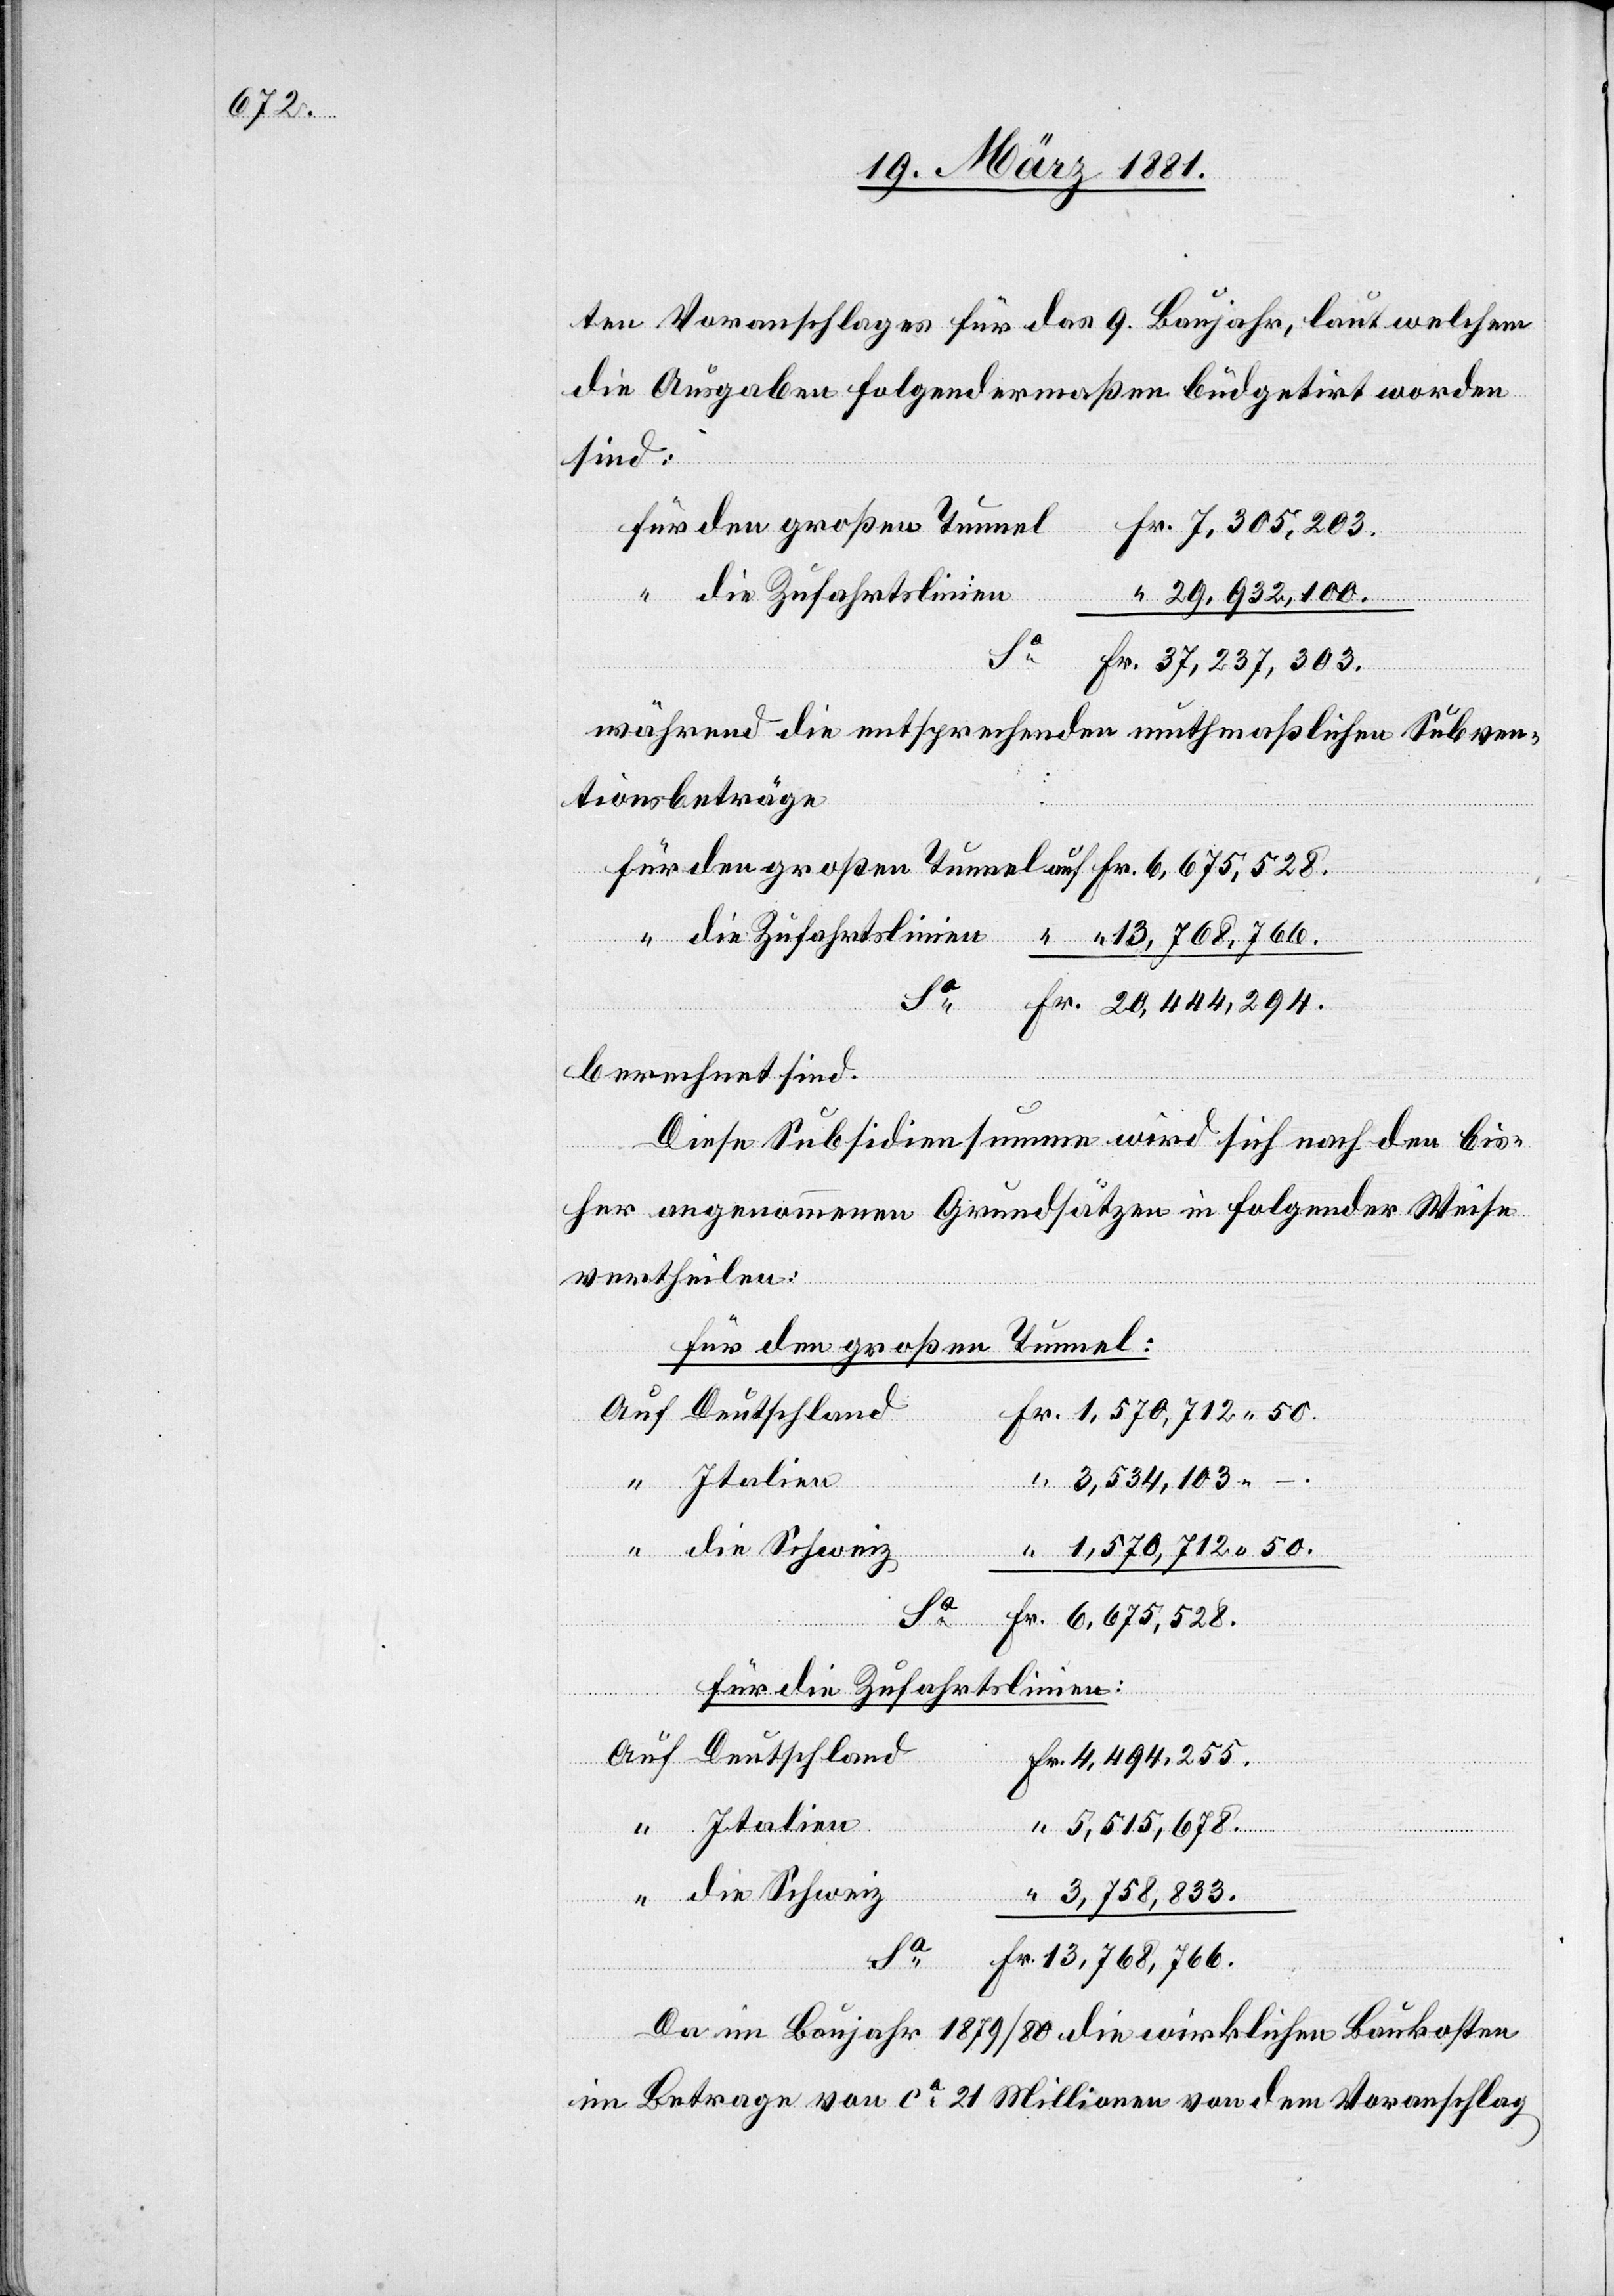
ten Voranschlages für das 9. Baujahr, laut welchem
die Ausgaben folgendermaßen büdgetirt worden
sind:
Für den großen Tunnel:
“
“ die Zufahrtslinien
29,932,100.
während die entsprechenden muthmaßlichen Subven¬
tionsbeträge
berechnet sind.
auf
Diese Subsidiensumme wird sich nach den bis¬
her angenommenen Grundsätzen in folgender Weise
vertheilen:
3,534,103 –.
die Schweiz
1,570,712 50.
Fr.
Für die Zufahrtslinien:
Italien
5,515,678.
13,768,766.
Da im Baujahr 1879/80 die wirklichen Baukosten
im Betrage von ca 21 Millionen von dem Voranschlag